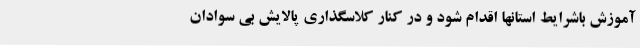
آموزش باشرایط استانها اقدام شود و در کنار کلاسگذاری پالایش بی سوادان